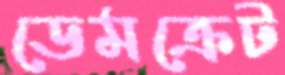
ডেমক্রেট